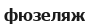
фюзеляж